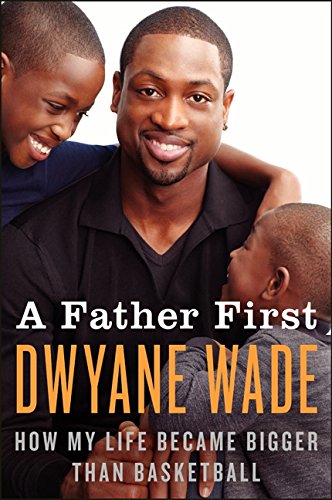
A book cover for A Father First: How My Life Became Bigger Than Basketball; Dwyane Wade; Parenting & Relationships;